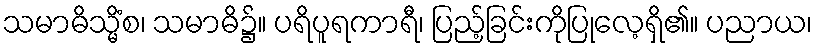
သမာဓိသ္မိံစ၊ သမာဓိ၌။ ပရိပူရကာရီ၊ ပြည့်ခြင်းကိုပြုလေ့ရှိ၏။ ပညာယ၊